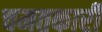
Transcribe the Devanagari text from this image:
चमतकारी